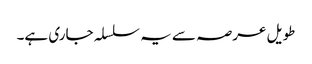
طویل عرصہ سے یہ سلسلہ جاری ہے۔